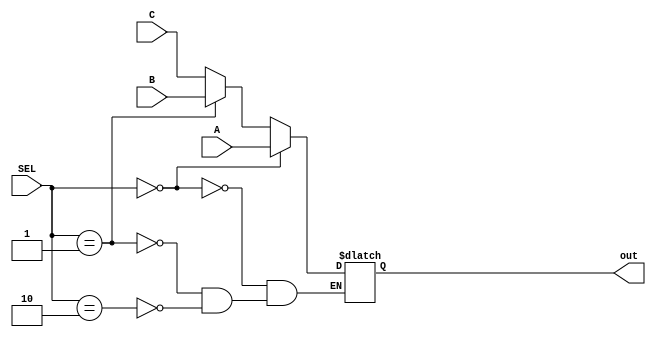
module MUX_3x1 #(
    parameter WIDTH=32
) (
    input  [WIDTH-1:0] A,
    input  [WIDTH-1:0] B,
    input  [WIDTH-1:0] C,
    input  [1:0] SEL,
    output reg [WIDTH-1:0] out 
);
    always @(*) begin
        if (SEL==1'b0) begin
            out<=A;
        end
        else if (SEL==1'b1) begin
            out<=B;
        end
        else if (SEL==2'b10) begin
            out<=C;
        end
    end



endmodule